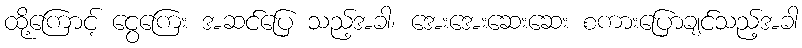
ထို့ကြောင့် ငွေကြေး အဆင်ပြေ သည့်အခါ၊ အေးအေးဆေးဆေး စကားပြောချင်သည့်အခါ